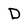
Character: D